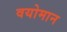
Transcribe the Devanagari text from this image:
वयोमान